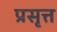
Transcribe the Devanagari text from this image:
प्रसृत्त